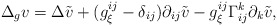
\begin{align*}\Delta_{g}v=\Delta\tilde{v}+(g_{\xi}^{ij}-\delta_{ij})\partial_{ij}\tilde{v}-g_{\xi}^{ij}\Gamma_{ij}^{k}\partial_{k}\tilde{v}, \end{align*}